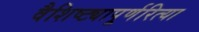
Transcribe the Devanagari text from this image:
वैशिष्ट्यापूर्णरित्या